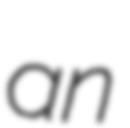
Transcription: an